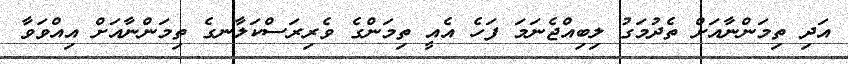
އަދި ތިމަންނާއަށް ތެދުމަގު ލިބިއްޖެނަމަ ފަހެ އެއީ ތިމަންގެ ވެރިރަސްކަލާނގެ ތިމަންނާއަށް އިއްވަވާ